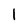
Character: 1